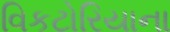
વિકટોરિયાના